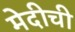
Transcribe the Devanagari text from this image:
मेदीची